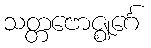
သတ္တဗောဇ္ဈင်္ဂေ